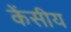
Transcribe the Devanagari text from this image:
केंसीय